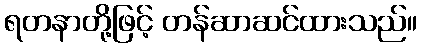
ရတနာတို့ဖြင့် တန်ဆာဆင်ထားသည်။